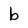
Character: b